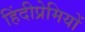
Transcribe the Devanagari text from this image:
हिंदीप्रेमियों